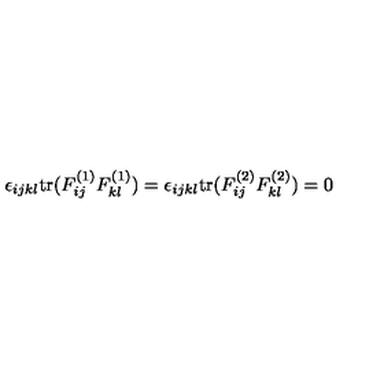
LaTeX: \epsilon _ { i j k l } \mathrm { t r } ( F _ { i j } ^ { ( 1 ) } F _ { k l } ^ { ( 1 ) } ) = \epsilon _ { i j k l } \mathrm { t r } ( F _ { i j } ^ { ( 2 ) } F _ { k l } ^ { ( 2 ) } ) = 0